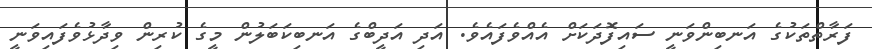
ފަރާތްތަކުގެ އަނބިންވަނީ ސައިފޮދަކަށް އެއްވެފައެވެ. އަދި އަދީބްގެ އަނބިކަބަލުން މީގެ ކުރިން ވިދާޅުވެފައިވަނީ